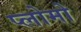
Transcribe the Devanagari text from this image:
प्लोमो